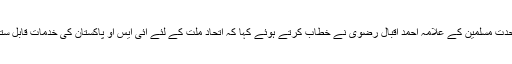
مجلس وحدت مسلمین کے علامہ احمد اقبال رضوی نے خطاب کرتے ہوئے کہا کہ اتحاد ملت کے لئے آئی ایس او پاکستان کی خدمات قابل ستائش ہیں۔